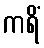
ကရိံ